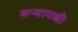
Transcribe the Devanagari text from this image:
बर्‍यापकी